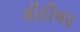
ગીરીવર